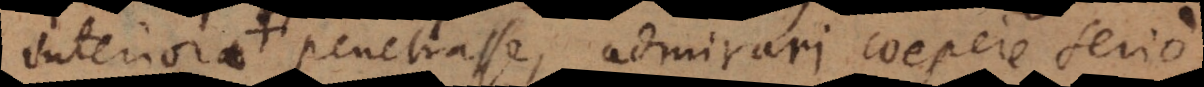
interiora penetrasse, admirari coepere serio